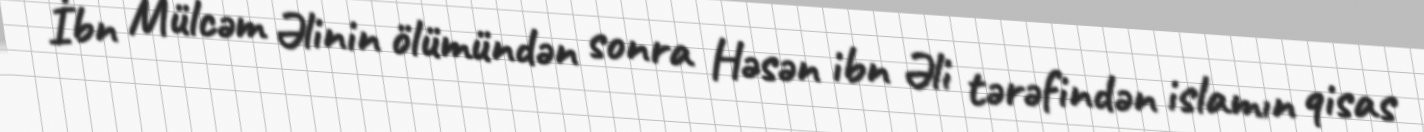
İbn Mülcəm Əlinin ölümündən sonra Həsən ibn Əli tərəfindən islamın qisas